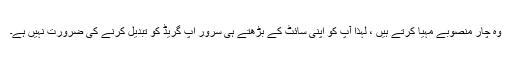
وہ چار منصوبے مہیا کرتے ہیں ، لہذا آپ کو اپنی سائٹ کے بڑھتے ہی سرور اپ گریڈ کو تبدیل کرنے کی ضرورت نہیں ہے۔